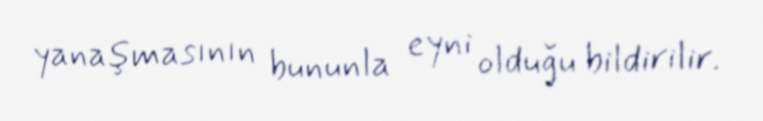
yanaşmasının bununla eyni olduğu bildirilir.